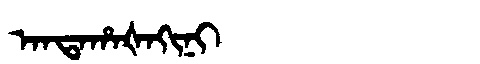
Manchu: ᠠᠨᡨᠠᡥᠠᡧᠠᡴᡳᠨᡳ
Romanization: ANTAHAŠAKINI